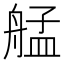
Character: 艋